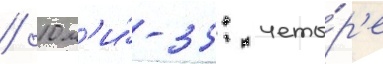
/ 10 м'и́-35: четы́р'е